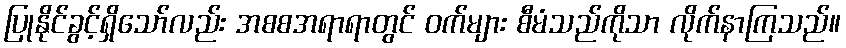
ပြုနိုင်ခွင့်ရှိသော်လည်း အစစအရာရာတွင် ဝက်များ စီမံသည်ကိုသာ လိုက်နာကြသည်။